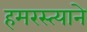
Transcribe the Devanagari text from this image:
हमरस्त्याने